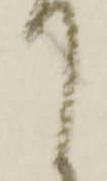
て